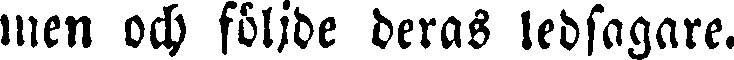
men och följde deras ledsagare.